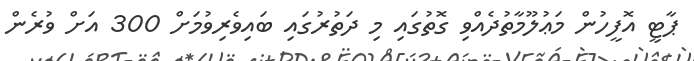
ޕާޓީ އޮފީހުން މަޢުލޫމާތުދެއްވި ގޮތުގައި މި ދަތުރުގައި ބައިވެރިވުމަށް 300 އަށް ވުރެން